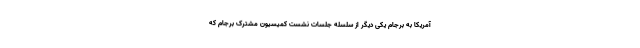
آمریکا به برجام یکی دیگر از سلسله جلسات نشست کمیسیون مشترک برجام که